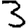
Digit: 3